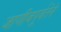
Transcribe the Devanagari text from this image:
जाणीवपूर्वतेने